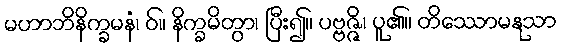
မဟာဘိနိက္ခမနံ၊ ဝ်။ နိက္ခမိတွာ၊ ပြီး၍။ ပဗ္ဗဇ္ဇိ၊ ပူ၏။ တိဿောမနုသာ